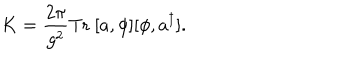
LaTeX: K = \frac { 2 \pi } { g ^ { 2 } } \mathrm { T r } \ [ a , \phi ] [ \phi , a ^ { \dagger } ] .